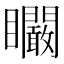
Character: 矙